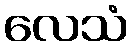
လေသံ